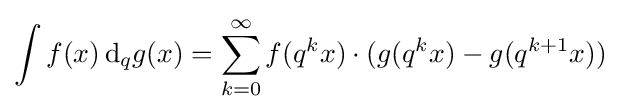
\int f(x)\,{\rm {d}}_{q}g(x)=\sum _{k=0}^{\infty }f(q^{k}x)\cdot (g(q^{k}x)-g(q^{k+1}x))